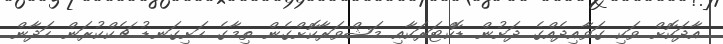
އާދަކޮށް ވަކި ގަވާއިދެއްގެ ދަށުން ޑޮކްޓަރަކާއި މަޝްވަރާކޮށްގެން ތިމާގެ ހަށިގަނޑު ޗެކްކުރަން ހަދާން